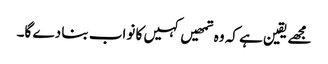
مجھے یقین ہے کہ وہ تمھیں کہیں کا نواب بنا دے گا۔